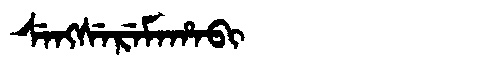
Manchu: ᠰᡝᠩᠰᡝᡵᡝᠮᠠᡥᠠᠪᡳ
Romanization: SENGSEREMAHABI